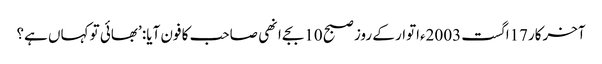
آخرکار17اگست 2003ءاتوار کے روز صبح 10بجے انھی صاحب کا فون آیا: ’بھائی تو کہاں ہے؟